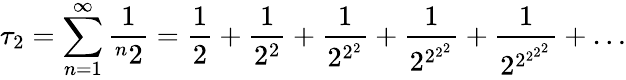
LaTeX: \tau_{2}=\sum_{n=1}^{\infty}{\frac{1}{^{n}2}}={\frac{1}{2}}+{\frac{1}{2^{2}}}+{\frac{1}{2^{2^{2}}}}+{\frac{1}{2^{2^{2^{2}}}}}+{\frac{1}{2^{2^{2^{2^{2}}}}}}+\ldots